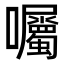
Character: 囑